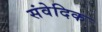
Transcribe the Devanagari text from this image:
संवेदिक